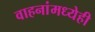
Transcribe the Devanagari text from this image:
वाहनांमध्येही